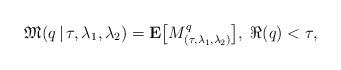
LaTeX: \begin{align*}\mathfrak{M}(q\,|\,\tau,\lambda_1,\lambda_2) = {\bf E}\bigl[M_{(\tau,\lambda_1,\lambda_2)}^q\bigr], \;\Re(q)<\tau,\end{align*}